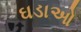
ઘડાઓ